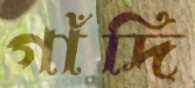
গাঁদি